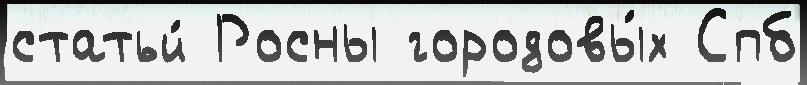
статьи́ Росны городовы́х Спб